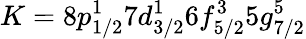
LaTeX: K=8p_{1/2}^{1}7d_{3/2}^{1}6f_{5/2}^{3}5g_{7/2}^{5}